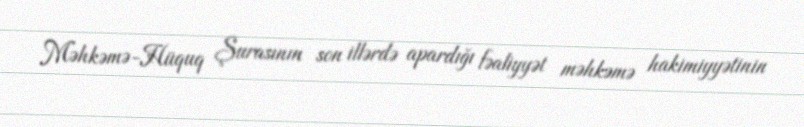
Məhkəmə-Hüquq Şurasının son illərdə apardığı fəaliyyət məhkəmə hakimiyyətinin